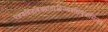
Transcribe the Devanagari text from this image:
पञ्चद्रविणविख्याताःविन्ध्यदक्षिणवासिनः॥